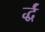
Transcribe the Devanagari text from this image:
र्द्धं